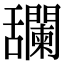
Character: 𦧼